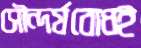
সৌন্দর্যবোধই